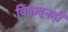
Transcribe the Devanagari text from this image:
विषातूनही